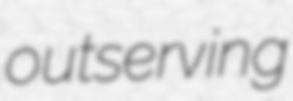
outserving